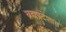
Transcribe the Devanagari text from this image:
ब्रह्मप्रदेशात